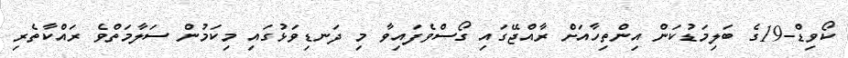
ކޯވިޑް-19ގެ ބަލިމަޑުކަން އިންތިހާއަށް ރާއްޖޭގައި ގޯސްވެފައިވާ މި ދަނޑިވަޅުގައި މިކަމުން ސަލާމަތްވެ ރައްކާތެރި